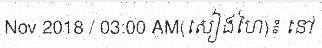
Nov 2018 / 03:00 AM(សៀងហៃ)៖ នៅ